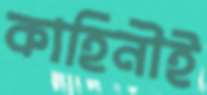
কাহিনীই